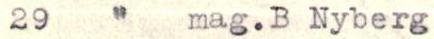
29   "   mag.B Nyberg